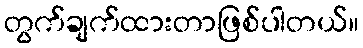
တွက်ချက်ထားတာဖြစ်ပါတယ်။